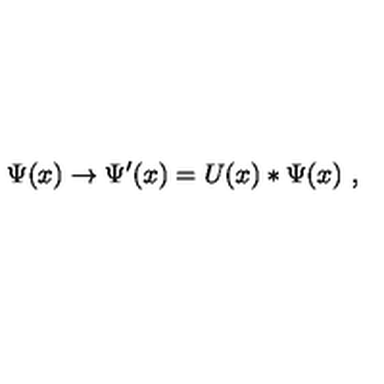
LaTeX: \Psi ( x ) \to \Psi ^ { \prime } ( x ) = U ( x ) * \Psi ( x ) \ ,